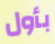
بأول